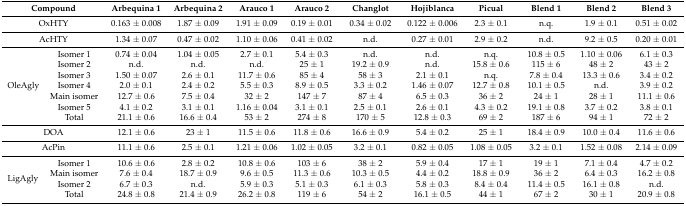
<table><thead><tr><td colspan="2"><b>Compound</b></td><td><b>Arbequina 1</b></td><td><b>Arbequina 2</b></td><td><b>Arauco 1</b></td><td><b>Arauco 2</b></td><td><b>Changlot</b></td><td><b>Hojiblanca</b></td><td><b>Picual</b></td><td><b>Blend 1</b></td><td><b>Blend 2</b></td><td><b>Blend 3</b></td></tr></thead><tbody><tr><td colspan="2">OxHTY</td><td>0.163 ± 0.008</td><td>1.87 ± 0.09</td><td>1.91 ± 0.09</td><td>0.19 ± 0.01</td><td>0.34 ± 0.02</td><td>0.122 ± 0.006</td><td>2.3 ± 0.1</td><td>n.q.</td><td>1.9 ± 0.1</td><td>0.51 ± 0.02</td></tr><tr><td colspan="2">AcHTY</td><td>1.34 ± 0.07</td><td>0.47 ± 0.02</td><td>1.10 ± 0.06</td><td>0.41 ± 0.02</td><td>n.d.</td><td>0.27 ± 0.01</td><td>2.9 ± 0.2</td><td>n.d.</td><td>9.2 ± 0.5</td><td>0.20 ± 0.01</td></tr><tr><td rowspan="7">OleAgly</td><td>Isomer 1</td><td>0.74 ± 0.04</td><td>1.04 ± 0.05</td><td>2.7 ± 0.1</td><td>5.4 ± 0.3</td><td>n.d.</td><td>n.d.</td><td>n.q.</td><td>10.8 ± 0.5</td><td>1.10 ± 0.06</td><td>6.1 ± 0.3</td></tr><tr><td>Isomer 2</td><td>n.d.</td><td>n.d.</td><td>n.d.</td><td>25 ± 1</td><td>19.2 ± 0.9</td><td>n.d.</td><td>15.8 ± 0.6</td><td>115 ± 6</td><td>48 ± 2</td><td>43 ± 2</td></tr><tr><td>Isomer 3</td><td>1.50 ± 0.07</td><td>2.6 ± 0.1</td><td>11.7 ± 0.6</td><td>85 ± 4</td><td>58 ± 3</td><td>2.1 ± 0.1</td><td>n.q.</td><td>7.8 ± 0.4</td><td>13.3 ± 0.6</td><td>3.4 ± 0.2</td></tr><tr><td>Isomer 4</td><td>2.0 ± 0.1</td><td>2.4 ± 0.2</td><td>5.5 ± 0.3</td><td>8.9 ± 0.5</td><td>3.3 ± 0.2</td><td>1.46 ± 0.07</td><td>12.7 ± 0.8</td><td>10.1 ± 0.5</td><td>n.d.</td><td>3.9 ± 0.2</td></tr><tr><td>Main isomer</td><td>12.7 ± 0.6</td><td>7.5 ± 0.4</td><td>32 ± 2</td><td>147 ± 7</td><td>87 ± 4</td><td>6.5 ± 0.3</td><td>36 ± 2</td><td>24 ± 1</td><td>28 ± 1</td><td>11.1 ± 0.6</td></tr><tr><td>Isomer 5</td><td>4.1 ± 0.2</td><td>3.1 ± 0.1</td><td>1.16 ± 0.04</td><td>3.1 ± 0.1</td><td>2.5 ± 0.1</td><td>2.6 ± 0.1</td><td>4.3 ± 0.2</td><td>19.1 ± 0.8</td><td>3.7 ± 0.2</td><td>3.8 ± 0.1</td></tr><tr><td>Total</td><td>21.1 ± 0.6</td><td>16.6 ± 0.4</td><td>53 ± 2</td><td>274 ± 8</td><td>170 ± 5</td><td>12.8 ± 0.3</td><td>69 ± 2</td><td>187 ± 6</td><td>94 ± 1</td><td>72 ± 2</td></tr><tr><td colspan="2">DOA</td><td>12.1 ± 0.6</td><td>23 ± 1</td><td>11.5 ± 0.6</td><td>11.8 ± 0.6</td><td>16.6 ± 0.9</td><td>5.4 ± 0.2</td><td>25 ± 1</td><td>18.4 ± 0.9</td><td>10.0 ± 0.4</td><td>11.6 ± 0.6</td></tr><tr><td colspan="2">AcPin</td><td>11.1 ± 0.6</td><td>2.5 ± 0.1</td><td>1.21 ± 0.06</td><td>1.02 ± 0.05</td><td>3.2 ± 0.1</td><td>0.82 ± 0.05</td><td>1.08 ± 0.05</td><td>3.2 ± 0.1</td><td>1.52 ± 0.08</td><td>2.14 ± 0.09</td></tr><tr><td rowspan="4">LigAgly</td><td>Isomer 1</td><td>10.6 ± 0.6</td><td>2.8 ± 0.2</td><td>10.8 ± 0.6</td><td>103 ± 6</td><td>38 ± 2</td><td>5.9 ± 0.4</td><td>17 ± 1</td><td>19 ± 1</td><td>7.1 ± 0.4</td><td>4.7 ± 0.2</td></tr><tr><td>Main isomer</td><td>7.6 ± 0.4</td><td>18.7 ± 0.9</td><td>9.6 ± 0.5</td><td>11.3 ± 0.6</td><td>10.3 ± 0.5</td><td>4.4 ± 0.2</td><td>18.8 ± 0.9</td><td>36 ± 2</td><td>6.4 ± 0.3</td><td>16.2 ± 0.8</td></tr><tr><td>Isomer 2</td><td>6.7 ± 0.3</td><td>n.d.</td><td>5.9 ± 0.3</td><td>5.1 ± 0.3</td><td>6.1 ± 0.3</td><td>5.8 ± 0.3</td><td>8.4 ± 0.4</td><td>11.4 ± 0.5</td><td>16.1 ± 0.8</td><td>n.d.</td></tr><tr><td>Total</td><td>24.8 ± 0.8</td><td>21.4 ± 0.9</td><td>26.2 ± 0.8</td><td>119 ± 6</td><td>54 ± 2</td><td>16.1 ± 0.5</td><td>44 ± 1</td><td>67 ± 2</td><td>30 ± 1</td><td>20.9 ± 0.8</td></tr></tbody></table>